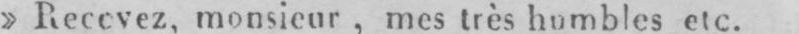
» Recevez, monsieur, mes très humbles etc.